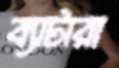
ব্যাটারা